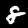
Label: 8